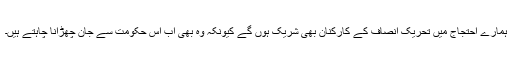
ہمارے احتجاج میں تحریک انصاف کے کارکنان بھی شریک ہوں گے کیونکہ وہ بھی اب اس حکومت سے جان چھڑانا چاہتے ہیں۔